Civil Veterinary Department. Madras. Admin. report 1926-33 - 1926-1933
Year: 1926
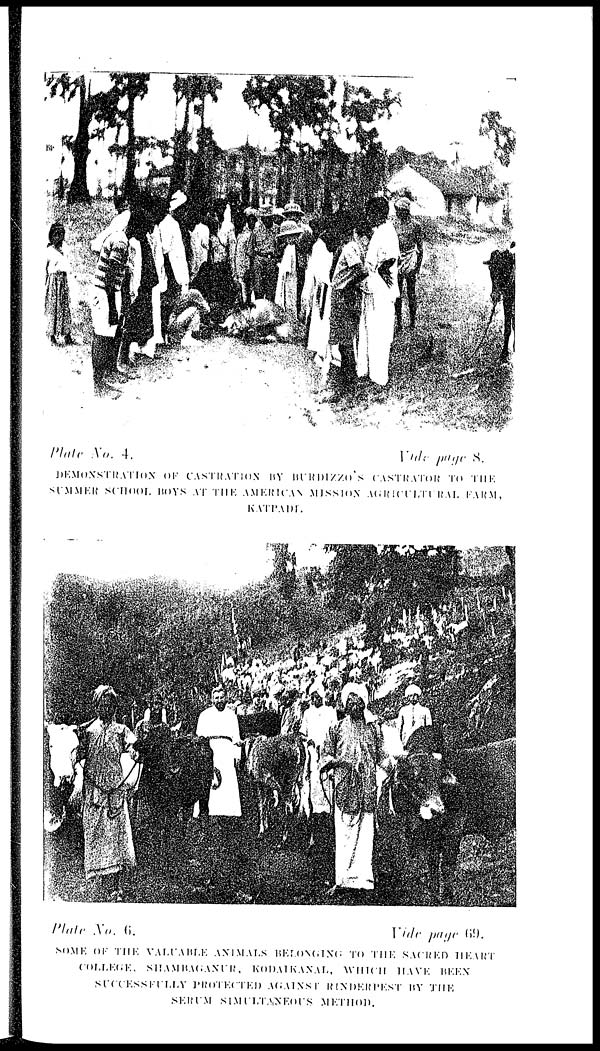
Plate No. 4.
Vide
page
8.
DEMONSTRATION OF CASTRATION
BY BURDIZZO'S CASTRATOR TO THE
SUMMER SCHOOL BOYS AT THE AMERICAN MISSION
AGRICULTURAL FARM,
KATPADE.
Plate No. 6. Vide page 69.
SOME
OF
THE
VALUABLE
ANIMALS BELONGING TO THE SACRED HEART
COLLEGE,
SHAMBAGANUR,
KODAIKANA,
WHICH
HAVE BEEN
SUCCESSFULLY
PROTECTED
AGAIST
RINDERPEST
BY
THE
SERUM
SIMULTANEOUS
METHOD.